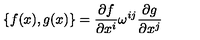
\{ f ( x ) , g ( x ) \} = \frac { \partial f } { \partial x ^ { i } } \omega ^ { i j } \frac { \partial g } { \partial x ^ { j } }